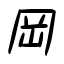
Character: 岡